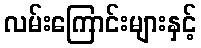
လမ်းကြောင်းများနှင့်